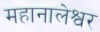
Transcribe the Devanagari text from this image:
महानालेश्वर